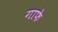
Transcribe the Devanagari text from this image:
गाफे